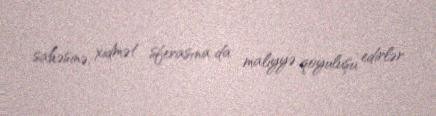
sahəsinə, xidmət sferasına da maliyyə qoyuluşu edirlər.